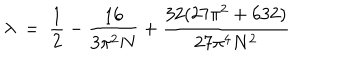
LaTeX: \lambda ~ = ~ \frac { 1 } { 2 } - \frac { 1 6 } { 3 \pi ^ { 2 } N } + \frac { 3 2 ( 2 7 \pi ^ { 2 } + 6 3 2 ) } { 2 7 \pi ^ { 4 } N ^ { 2 } }